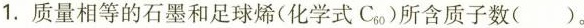
1.质量相等的石墨和足球烯(化学式C_{60})所含质子数( )。